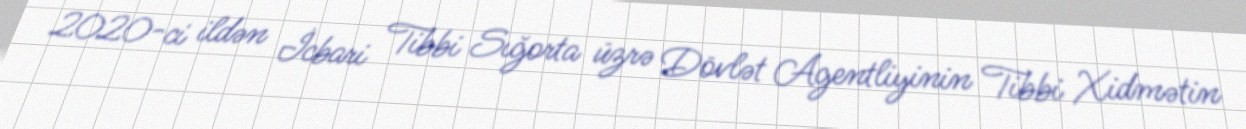
2020-ci ildən İcbari Tibbi Sığorta üzrə Dövlət Agentliyinin Tibbi Xidmətin